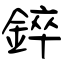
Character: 錊